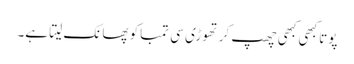
پوتا کبھی کبھی چھپ کر تھوڑی سی تمباکو پھانک لیتا ہے۔